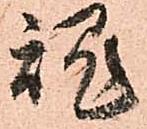
魂